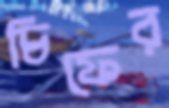
চিফের